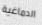
الدماغية